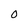
Character: O